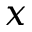
x